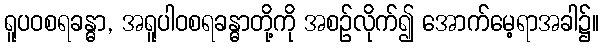
ရူပဝစရခန္ဓာ, အရူပါဝစရခန္ဓာတို့ကို အစဉ်လိုက်၍ အောက်မေ့ရာအခါ၌။